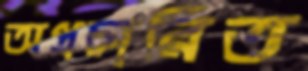
অপ্রচারিত